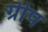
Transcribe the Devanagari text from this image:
ग्रीप